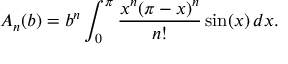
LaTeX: A _ { n } ( b ) = b ^ { n } \int _ { 0 } ^ { \pi } { \frac { x ^ { n } ( \pi - x ) ^ { n } } { n ! } } \sin ( x ) \, d x .